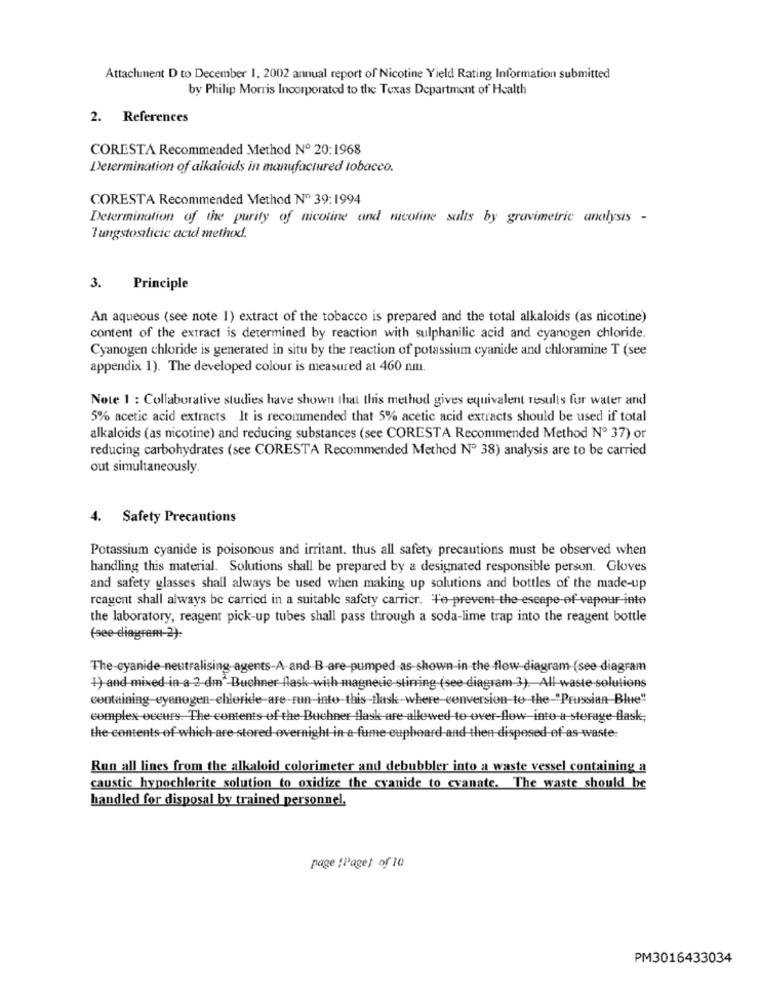
Attachment D to December 1, 2002 annual report of Nicotine Yield Rating Information submitted
by Philip Morris Incorporated to the Texas Department of Health
2. References
CORESTA Recommended Method Nº 20:1968
Determination of alkaloids in manufactured tobacco.
CORESTA Recommended Method Nº 39:1994
Determination of the purity of nicoline and nicoline salts by gravimetric analysis -
Tungstosalicic acid method.
3.
Principle
An aqueous (see note 1) extract of the tobacco is prepared and the total alkaloids (as nicotine)
content of the extract is determined by reaction with sulphanilic acid and cyanogen chloride.
Cyanogen chloride is generated in situ by the reaction of potassium cyanide and chloramine T (see
appendix 1). The developed colour is measured at 460 nm.
Note 1 : Collaborative studies have shown that this method gives equivalent results for water and
5% acetic acid extracts. It is recommended that 5% acetic acid extracts should be used if total
alkaloids (as nicotine) and reducing substances (see CORESTA Recommended Method Nº 37) or
reducing carbohydrates (see CORESTA Recommended Method Nº 38) analysis are to be carried
out simultaneously.
4. Safety Precautions
Potassium cyanide is poisonous and irritant. thus all safety precautions must be observed when
handling this material. Solutions shall be prepared by a designated responsible person. Gloves
and safety glasses shall always be used when making up solutions and bottles of the made-up
reagent shall always be carried in a suitable safety carrier. Te-prevent the escape of vapour inte
the laboratory, reagent pick-up tubes shall pass through a soda-lime trap into the reagent bottle
(see diagram 2):
The-cyanide neutralising-agents-A-and B-are-pumped as-shown in the flow diagram (see diagram
1) and mixed in a 2 dm2-Buchner flask with magnetic stirring (see diagram 3). All waste solutions
complex-occurs. The contents of the Buchner flask are allowed to over-flow into a storage flask;
the contents of which are stored overnight in a fume cupboard and then-disposed of as-waste:
Run all lines from the alkaloid colorimeter and debubbler into a waste vessel containing a
caustic hypochlorite solution to oxidize the cyanide to cvanate. The waste should be
handled for disposal by trained personnel,
page [Page] of 10
PM3016433034